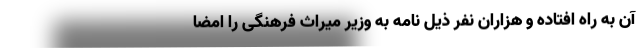
آن به راه افتاده و هزاران نفر ذیل نامه به وزیر میراث فرهنگی را امضا